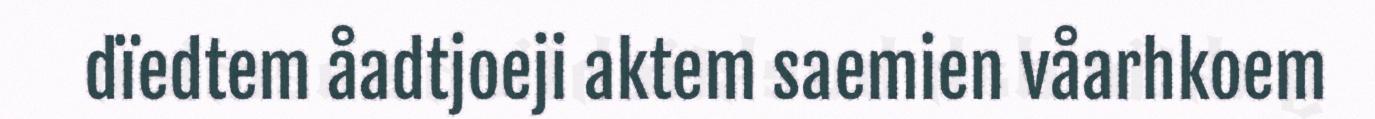
dïedtem åadtjoeji aktem saemien våarhkoem